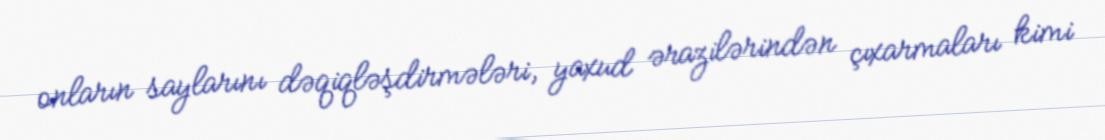
onların saylarını dəqiqləşdirmələri, yaxud ərazilərindən çıxarmaları kimi